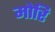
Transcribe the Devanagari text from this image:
मोरि